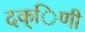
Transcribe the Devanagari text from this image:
दक्िणी